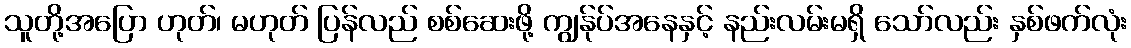
သူတို့အပြော ဟုတ်၊ မဟုတ် ပြန်လည် စစ်ဆေးဖို့ ကျွန်ုပ်အနေနှင့် နည်းလမ်းမရှိ သော်လည်း နှစ်ဖက်လုံး